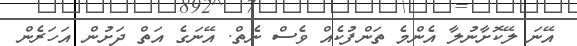
އޭނަ ލޭކޮށާނުލާ އެންމެ ތަންފުކެއް ވެސް ނެތް. އޭނަގެ އަތް ދަށުން އަހަރެން